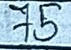
75